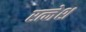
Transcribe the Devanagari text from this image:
रत्नेश